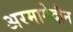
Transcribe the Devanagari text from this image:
अरमागेदौन